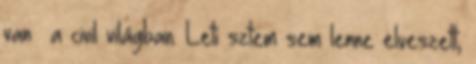
van a civil világban. Leti sztem sem lenne elveszett,